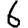
Digit: 6